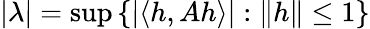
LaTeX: |\lambda|=\operatorname*{sup}\left\{ |\langle h,Ah\rangle|:\| h\| \leq 1\right\}